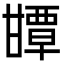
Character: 㽑